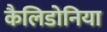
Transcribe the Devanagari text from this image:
कैलिडोनिया